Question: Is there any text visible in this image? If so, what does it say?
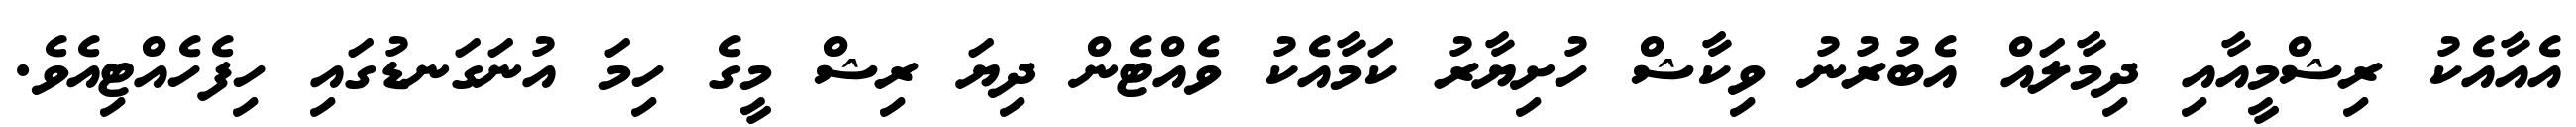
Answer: އެއާއެކު ރިޝްމީއާއި ދިމާލައް އެބުރުނު ވިކާޝް ހުށިޔާރު ކަމާއެކު ވެއްޓެން ދިޔަ ރިޝް މީގެ ހިމަ އުނަގަނޑުގައި ހިފެހެއްޓިއެވެ.